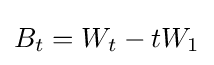
B_{t}=W_{t}-tW_{1}